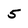
Character: 5